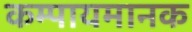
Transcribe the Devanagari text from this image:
कम्पायमानक